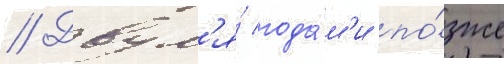
// Двум'я́ года́м'и по́зже